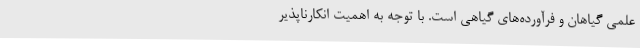
علمی گیاهان و فرآورده‌های گیاهی است. با توجه به اهمیت انکارناپذیر